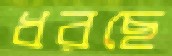
ধরছে